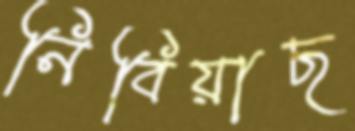
নিবিয়াছ